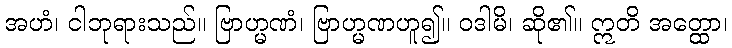
အဟံ၊ ငါဘုရားသည်။ ဗြာဟ္မဏံ၊ ဗြာဟ္မဏဟူ၍။ ဝဒါမိ၊ ဆို၏။ ဣတိ အတ္ထော၊